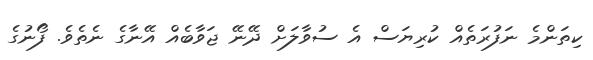
ކިތަންމެ ނަފުރަތެއް ކުރިޔަސް އެ ސުވާލަށް ދޭނޭ ޖަވާބެއް އޭނާގެ ނެތެވެ. ފޯނުގެ